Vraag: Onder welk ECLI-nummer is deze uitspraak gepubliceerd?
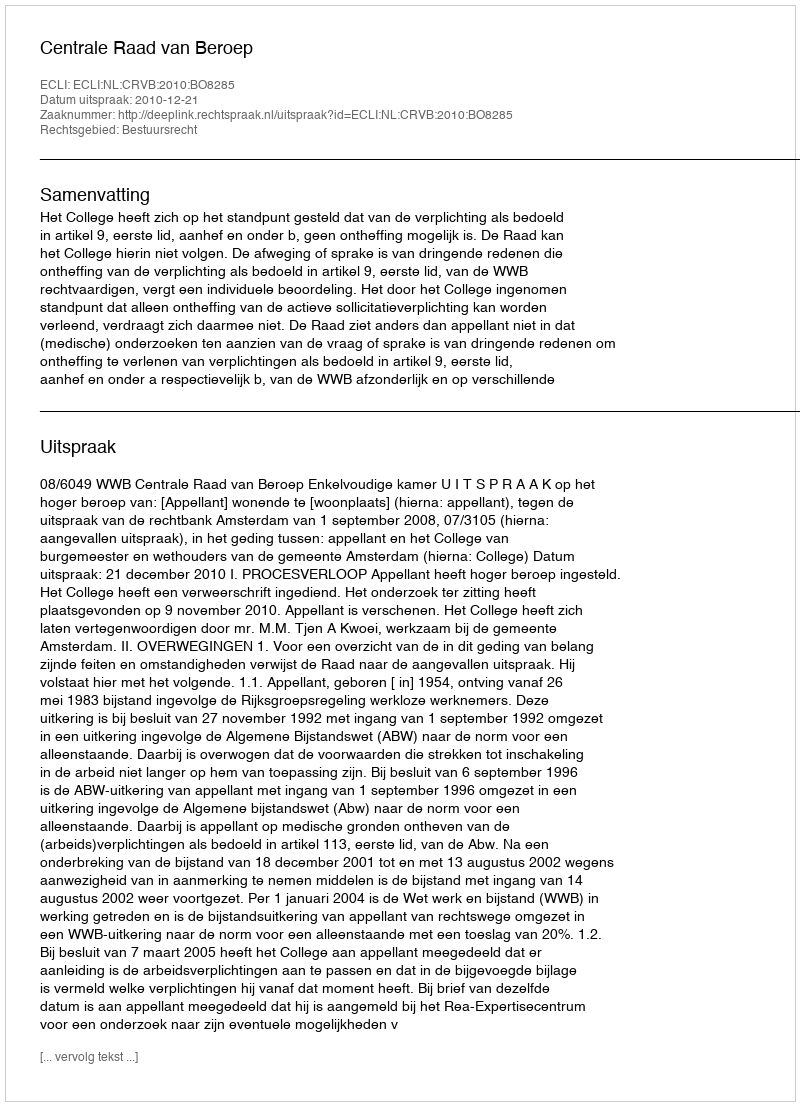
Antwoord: ECLI:NL:CRVB:2010:BO8285